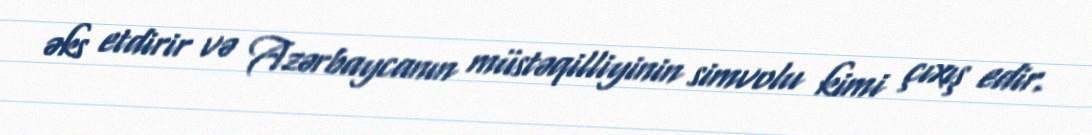
əks etdirir və Azərbaycanın müstəqilliyinin simvolu kimi çıxış edir.